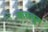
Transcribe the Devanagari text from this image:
वाचवुन